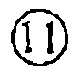
\circled{11}